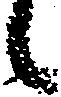
候